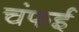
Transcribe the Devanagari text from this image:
चंफई